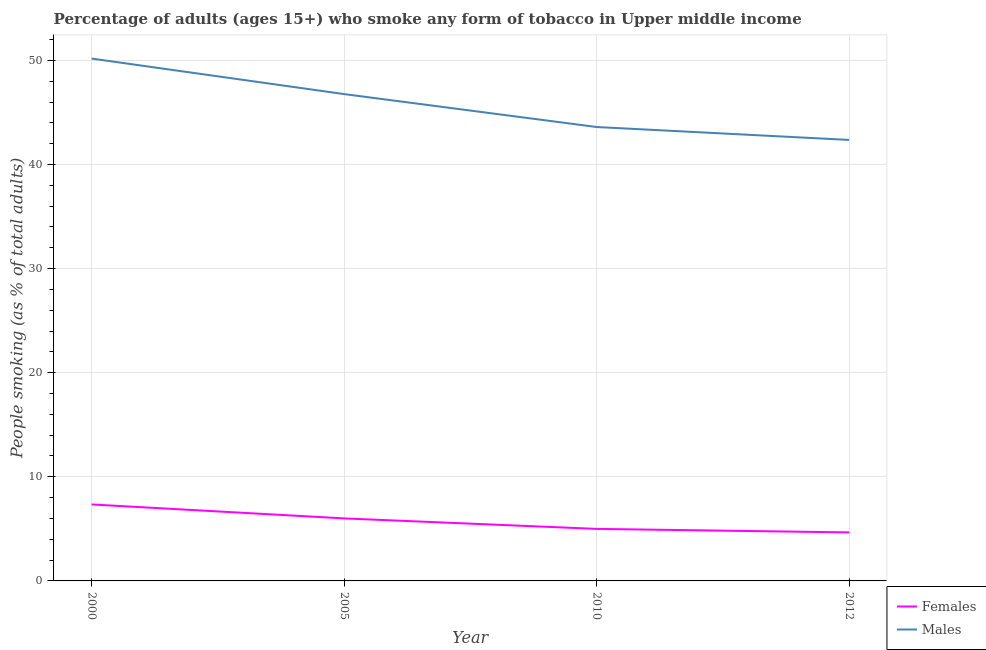
| Year | Females | Males |
 | --- | --- | --- |
 | 2000 | 7.35 | 50.2 |
 | 2005 | 6.01 | 46.8 |
 | 2010 | 5 | 43.6 |
 | 2012 | 4.66 | 42.4 |